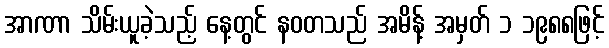
အာဏာ သိမ်းယူခဲ့သည့် နေ့တွင် နဝတသည် အမိန့် အမှတ် ၁ ၁၉၈၈ဖြင့်